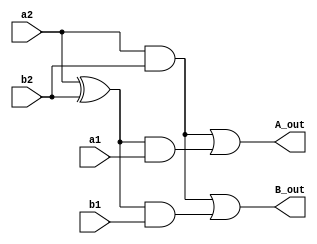
`timescale 1ns / 1ps
//////////////////////////////////////////////////////////////////////////////////
// Company: 
// Engineer: 
// 
// Design Name: 
// Module Name: compact
// Project Name: 
// Target Devices: 
// Tool Versions: 
// Description: 
// 
// Dependencies: 
// 
// Revision:
// Revision 0.01 - File Created
// Additional Comments:
// 
//////////////////////////////////////////////////////////////////////////////////


module compact(a1,b1,a2,b2,A_out,B_out);
input a1,b1,a2,b2;
output A_out,B_out;

wire g2 = a2 & b2;
wire p2 = a2 ^ b2;

assign A_out =  g2 | (p2 & a1);
assign B_out =  g2 | (p2 & b1);
endmodule